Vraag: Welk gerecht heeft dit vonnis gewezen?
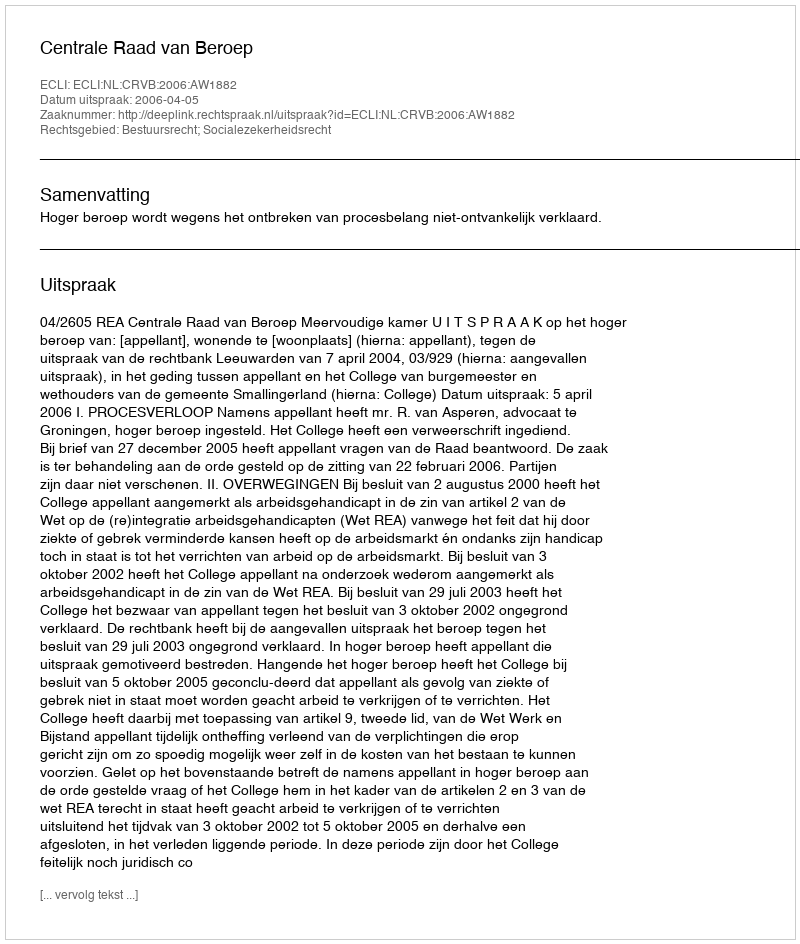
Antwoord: Centrale Raad van Beroep